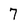
Character: 7